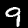
Digit: 9